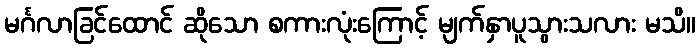
မင်္ဂလာခြင်ထောင် ဆိုသော စကားလုံးကြောင့် မျက်နှာပူသွားသလား မသိ။